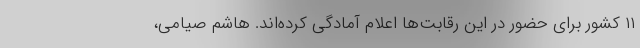
۱۱ کشور برای حضور در این رقابت‌ها اعلام آمادگی کرده‌اند. هاشم صیامی،